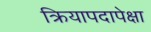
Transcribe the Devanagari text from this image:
क्रियापदापेक्षा